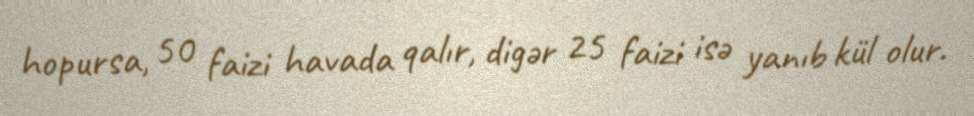
hopursa, 50 faizi havada qalır, digər 25 faizi isə yanıb kül olur.